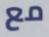
مع